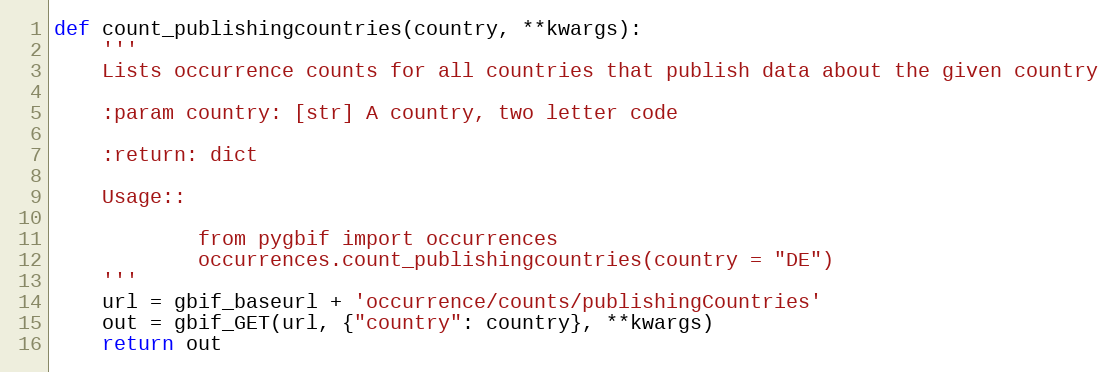
Language: Python
def count_publishingcountries(country, **kwargs):
    '''
    Lists occurrence counts for all countries that publish data about the given country

    :param country: [str] A country, two letter code

    :return: dict

    Usage::

            from pygbif import occurrences
            occurrences.count_publishingcountries(country = "DE")
    '''
    url = gbif_baseurl + 'occurrence/counts/publishingCountries'
    out = gbif_GET(url, {"country": country}, **kwargs)
    return out